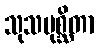
သုသမုစ္ဆိတာ